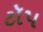
ટૉપ